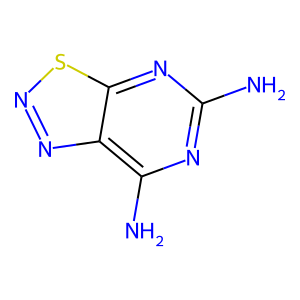
SMILES: Nc1nc(N)c2nnsc2n1
Inhibits HIV replication: No